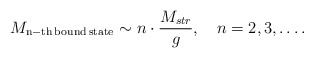
\begin{align*}M_{\rm n-th\, bound\, state} \sim n\cdot \frac{M_{str}}{g},\quad n = 2, 3,\ldots .\end{align*}